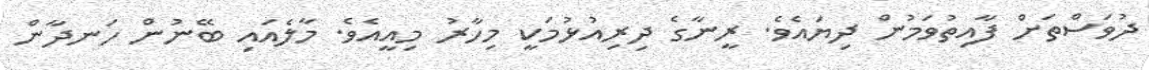
ދުވަސްތަށް ފާއިތުވަމުން ދިޔައެވެ. ރީނާގެ ދިރިއުޅުމަކީ މިހާރު މިއީއެވެ. މާލެއައި ބޭނުން ހަނދާން